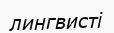
лингвисті